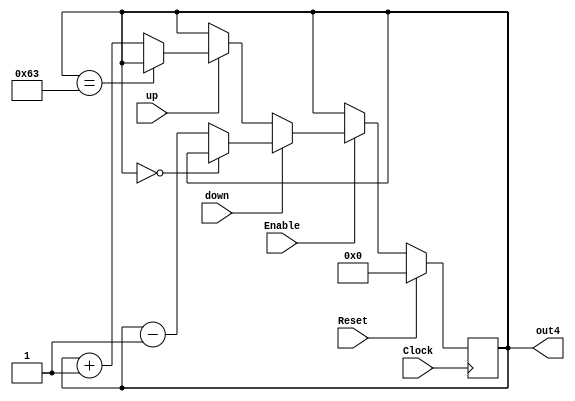
`timescale 1ns / 1ps
//////////////////////////////////////////////////////////////////////////////////
// Company: 
// Engineer: 
// 
// Design Name: 
// Module Name:    Counter_Ao_UpDown 
// Project Name: 
// Target Devices: 
// Tool versions: 
// Description: 
//
// Dependencies: 
//
// Revision: 
// Revision 0.01 - File Created
// Additional Comments: 
//
//////////////////////////////////////////////////////////////////////////////////
module Counter_Ao_UpDown(
	 input Clock,
    input Enable,
    input Reset,
    input down,
    input up,
    output [6:0] out4
    );
	 
reg [6:0] out_f ;

always @(posedge Clock)
begin
	if (Reset)
		out_f <= 7'd0;
	else
	begin
		if (Enable) begin 
			if (up) begin
				if(out_f == 7'd99)
					out_f <= out_f; 
				else
					out_f <= out_f + 1'b1;
			end
	
			if (down) begin 
				if(out_f==7'd0)
					out_f <= out_f; 
			else
				out_f <= out_f - 1'b1;
			end

		end
  end
end
assign out4 = out_f;
endmodule